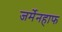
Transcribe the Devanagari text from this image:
जर्मेनहाफ